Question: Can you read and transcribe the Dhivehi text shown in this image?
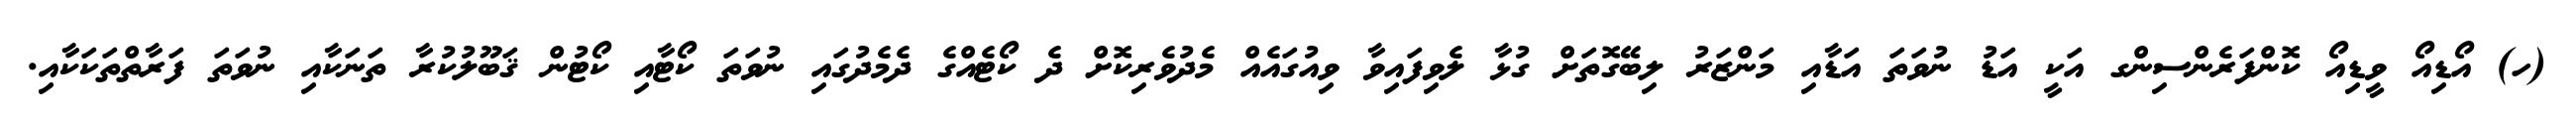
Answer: (ހ) އޯޑިއޯ ވީޑިއޯ ކޮންފަރެންސިންގ އަކީ އަޑު ނުވަތަ އަޑާއި މަންޒަރު ލިބޭގޮތަށް ގުޅާ ލެވިފައިވާ ވިއުގައެއް މެދުވެރިކޮށް ދެ ކޯޓެއްގެ ދެމެދުގައި ނުވަތަ ކޯޓާއި ކޯޓުން ޤަބޫލުކުރާ ތަނަކާއި ނުވަތަ ފަރާތްތަކަކާއި.